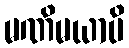
မဏိမယာပိ